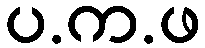
ပ.က.ဖ